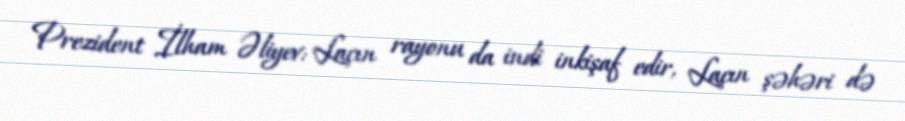
Prezident İlham Əliyev: Laçın rayonu da indi inkişaf edir, Laçın şəhəri də